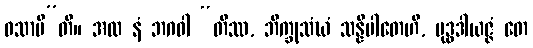
ဝသာမီ”တိ။ အထ နံ ဘဂဝါ “တိဿ, ဘိက္ခုသံဃံ သန္နိပါတေဟိ, ဗုဒ္ဓဒါယဇ္ဇံ တေ